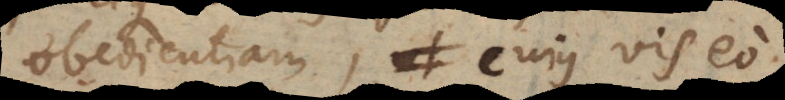
obedientiam, cujus vis eo